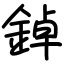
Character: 鋽